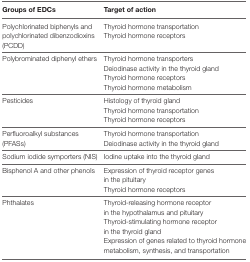
| Groups of EDCs | Target of action |
 | --- | --- |
 | Polychlorinated biphenyls and polychlorinated dibenzodioxins (PCDD) | Thyroid hormone transportationThyroid hormone receptors |
 | Polybrominated diphenyl ethers | Thyroid hormone transportersDeiodinase activity in the thyroid glandThyroid hormone receptorsThyroid hormone metabolism |
 | Pesticides | Histology of thyroid glandThyroid hormone transportationThyroid hormone receptors |
 | Perfluoroalkyl substances (PFASs) | Thyroid hormone transportationDeiodinase activity in the thyroid gland |
 | Sodium iodide symporters (NIS) | Iodine uptake into the thyroid gland |
 | Bisphenol A and other phenols | Expression of thyroid receptor genes in the pituitaryThyroid hormone receptors |
 | Phthalates | Thyroid-releasing hormone receptor in the hypothalamus and pituitaryThyroid-stimulating hormone receptor in the thyroid glandExpression of genes related to thyroid hormone metabolism, synthesis, and transportation |